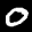
Label: 0